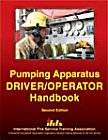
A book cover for Pumping Apparatus: Driver Operator's Handbook; Michael A. Wieder; Engineering & Transportation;